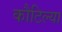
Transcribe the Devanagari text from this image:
कौटिल्या